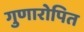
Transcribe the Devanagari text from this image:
गुणारोपित